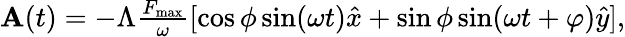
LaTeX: \begin{array}{r}{{\mathbf A}(t)=-\Lambda\frac{F_{\mathrm{max}}}{\omega}[\cos\phi\sin(\omega t)\hat{x}+\sin\phi\sin(\omega t+\varphi)\hat{y}],}\end{array}